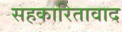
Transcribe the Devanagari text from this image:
सहकारितावाद